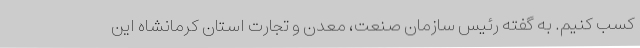
کسب کنیم. به گفته رئیس سازمان صنعت، معدن و تجارت استان کرمانشاه این